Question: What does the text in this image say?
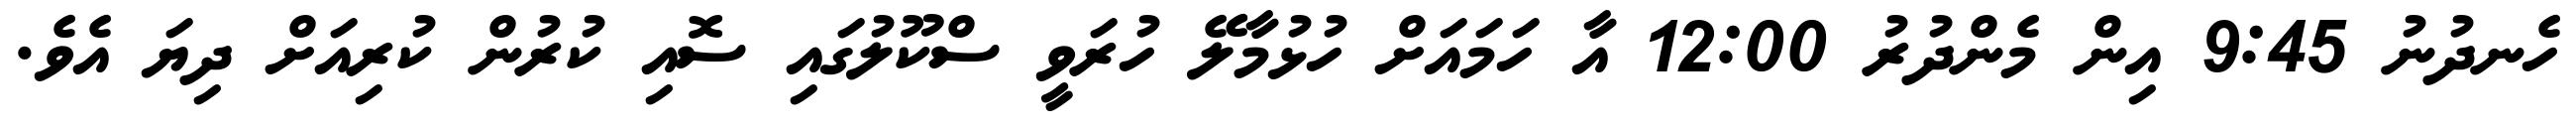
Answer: ހެނދުނު 9:45 އިން މެންދުރު 12:00 އާ ހަމައަށް ހުޅުމާލޭ ހުރަވީ ސްކޫލުގައި ސޮއި ކުރުން ކުރިއަށް ދިޔަ އެވެ.